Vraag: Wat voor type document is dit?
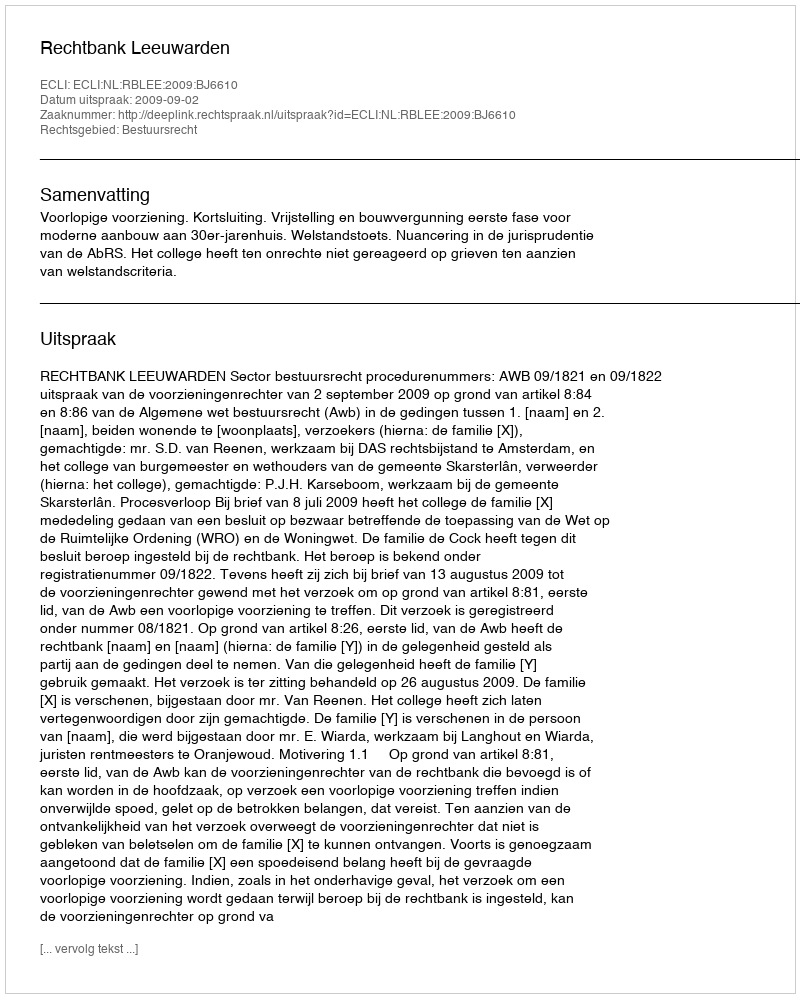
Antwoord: Uitspraak